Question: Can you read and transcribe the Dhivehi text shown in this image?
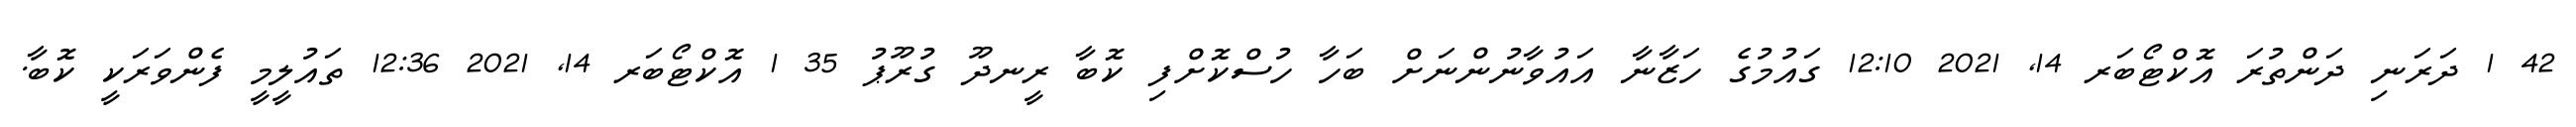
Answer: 42 1 ދަރަނި ދަންތުރަ އޮކްޓޯބަރ 14, 2021 12:10 ގައުމުގެ ހަޒާނާ އައުވާނުންނަށް ބަހާ ހުސްކޮށްފި ކޮބާ ރީނދޫ ގުރޫޕު 35 1 އޮކްޓޯބަރ 14, 2021 12:36 ތައުލީމީ ފެންވަރަކީ ކޮބާ.